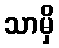
သာမှိ